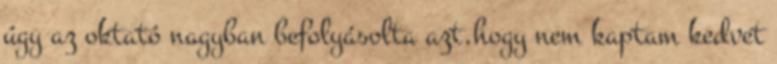
úgy az oktató nagyban befolyásolta azt,hogy nem kaptam kedvet